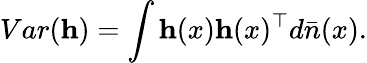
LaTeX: Var(\mathbf{h})=\int\mathbf{h}(x)\mathbf{h}(x)^{\top}d\bar{n}(x).